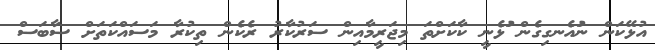
އުޅޭކަން ނުައެނގިގެން ަުޅެނީ ކާކަށްތަ މިޖަރީމާއިން ސަރުކާރު ރެކެން ތިކުރާ މަސައްކަތަށް ސާބަސް